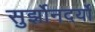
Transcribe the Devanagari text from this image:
सुर्झोनदर्यो